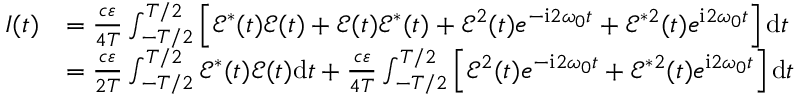
\begin{array} { r l } { I ( t ) } & { = \frac { c \varepsilon } { 4 T } \int _ { - T / 2 } ^ { T / 2 } \left[ \mathcal { E } ^ { * } ( t ) \mathcal { E } ( t ) + \mathcal { E } ( t ) \mathcal { E } ^ { * } ( t ) + \mathcal { E } ^ { 2 } ( t ) e ^ { - \mathrm { { i } } 2 \omega _ { 0 } t } + \mathcal { E } ^ { * 2 } ( t ) e ^ { { \mathrm { i } } 2 \omega _ { 0 } t } \right] \mathrm { { d } } t } \\ & { = \frac { c \varepsilon } { 2 T } \int _ { - T / 2 } ^ { T / 2 } \mathcal { E } ^ { * } ( t ) \mathcal { E } ( t ) { \mathrm { d } } t + \frac { c \varepsilon } { 4 T } \int _ { - T / 2 } ^ { T / 2 } \left[ \mathcal { E } ^ { 2 } ( t ) e ^ { - \mathrm { { i } } 2 \omega _ { 0 } t } + \mathcal { E } ^ { * 2 } ( t ) e ^ { { \mathrm { i } } 2 \omega _ { 0 } t } \right] \mathrm { { d } } t } \end{array}